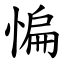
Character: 惼